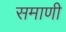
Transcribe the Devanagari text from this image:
समाणी